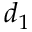
d _ { 1 }